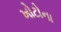
ખોટોના